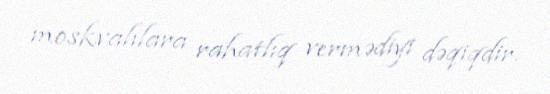
moskvalılara rahatlıq vermədiyi dəqiqdir.